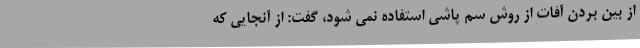
از بین بردن آفات از روش سم پاشی استفاده نمی شود، گفت: از آنجایی که